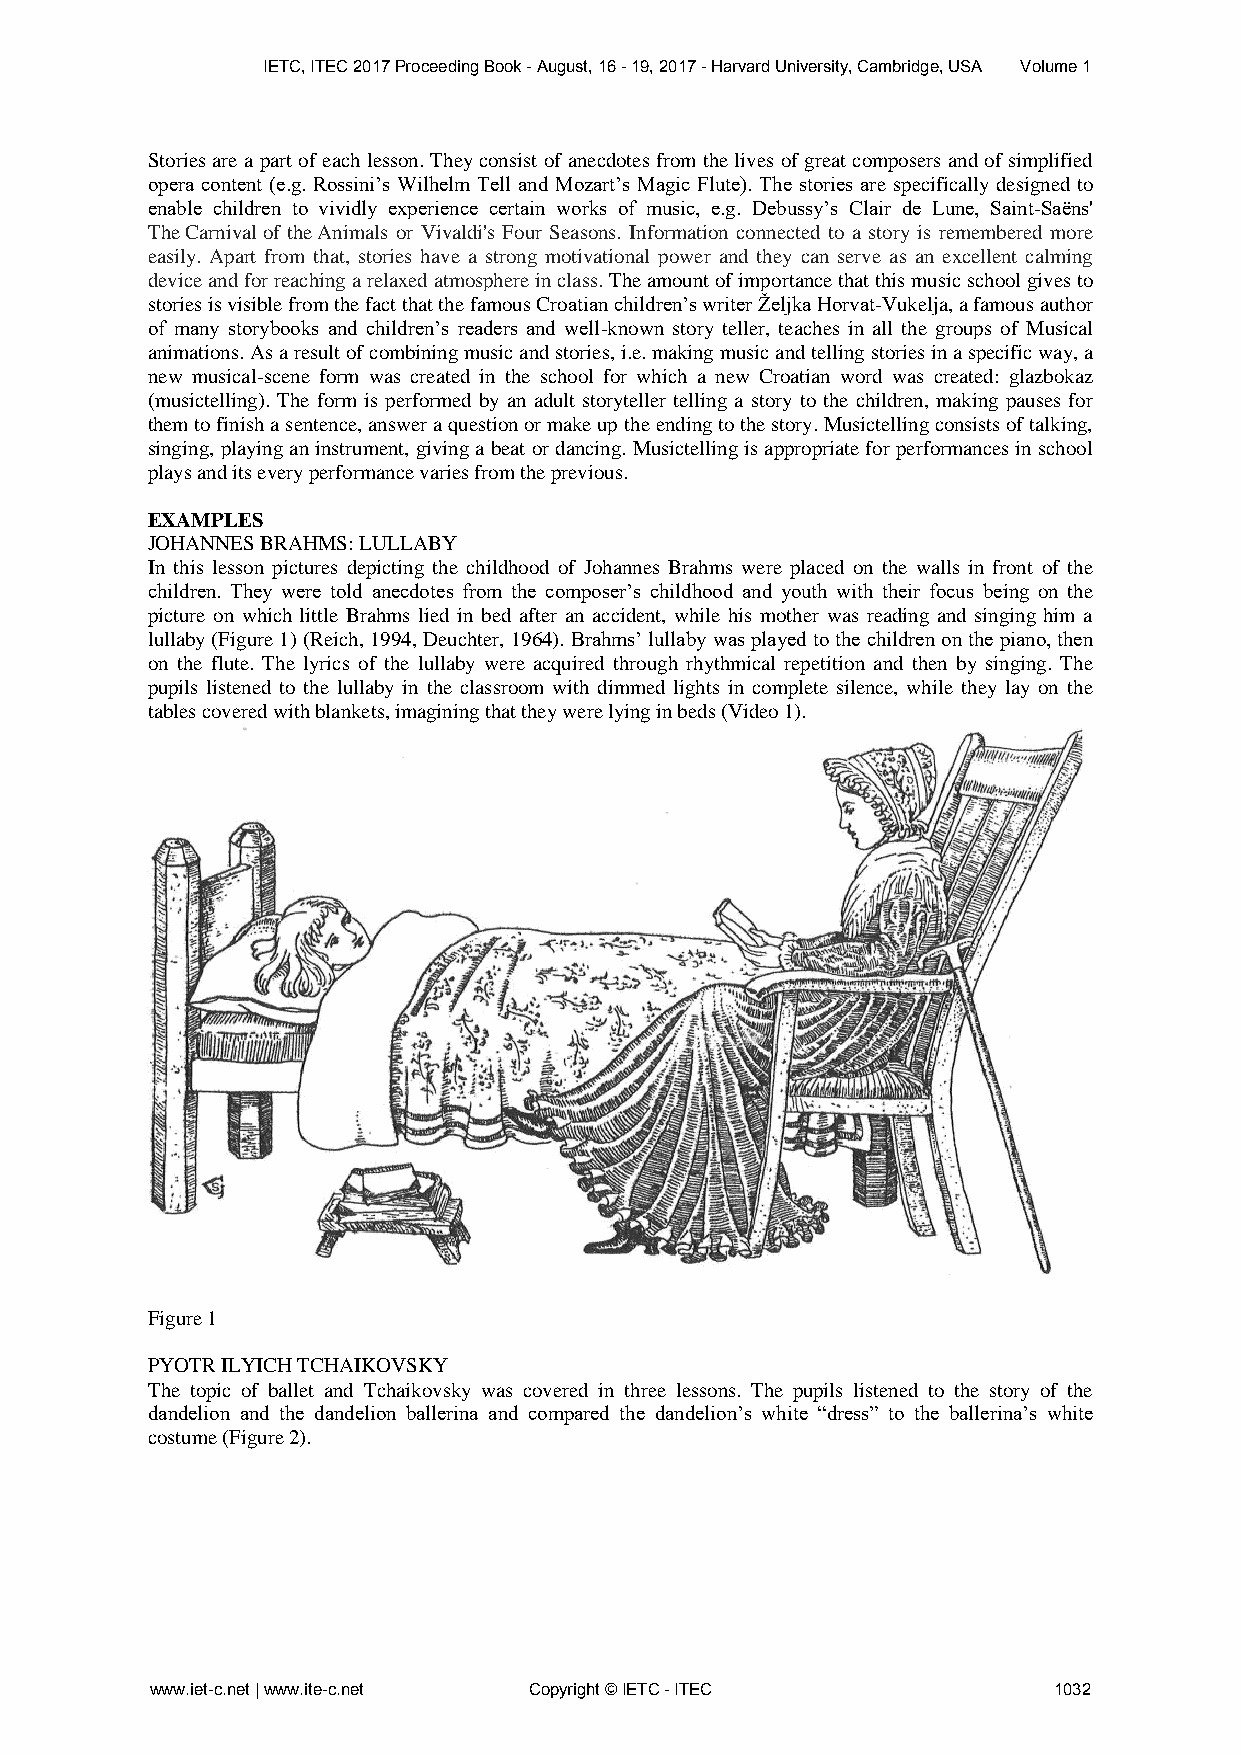
IETC, ITEC 2017 Proceeding Book - August, 16 - 19, 2017 - Harvard University, Cambridge, USA Volume 1
 Stories are a part of each lesson. They consist of anecdotes from the lives of great composers and of simplified
 opera content (e.g. Rossini’s Wilhelm Tell and Mozart’s Magic Flute). The stories are specifically designed to
 enable children to vividly experience certain works of music, e.g. Debussy’s Clair de Lune, Saint-Saëns'
 The Carnival of the Animals or Vivaldi's Four Seasons. Information connected to a story is remembered more
 easily. Apart from that, stories have a strong motivational power and they can serve as an excellent calming
 device and for reaching a relaxed atmosphere in class. The amount of importance that this music school gives to
 stories is visible from the fact that the famous Croatian children’s writer Željka Horvat-Vukelja, a famous author
 of many storybooks and children’s readers and well-known story teller, teaches in all the groups of Musical
 animations. As a result of combining music and stories, i.e. making music and telling stories in a specific way, a
 new musical-scene form was created in the school for which a new Croatian word was created: glazbokaz
 (musictelling). The form is performed by an adult storyteller telling a story to the children, making pauses for
 them to finish a sentence, answer a question or make up the ending to the story. Musictelling consists of talking,
 singing, playing an instrument, giving a beat or dancing. Musictelling is appropriate for performances in school
 plays and its every performance varies from the previous.
 EXAMPLES
 JOHANNES BRAHMS: LULLABY
 In this lesson pictures depicting the childhood of Johannes Brahms were placed on the walls in front of the
 children. They were told anecdotes from the composer’s childhood and youth with their focus being on the
 picture on which little Brahms lied in bed after an accident, while his mother was reading and singing him a
 lullaby (Figure 1) (Reich, 1994, Deuchter, 1964). Brahms’ lullaby was played to the children on the piano, then
 on the flute. The lyrics of the lullaby were acquired through rhythmical repetition and then by singing. The
 pupils listened to the lullaby in the classroom with dimmed lights in complete silence, while they lay on the
 tables covered with blankets, imagining that they were lying in beds (Video 1).
 Figure 1
 PYOTR ILYICH TCHAIKOVSKY
 The topic of ballet and Tchaikovsky was covered in three lessons. The pupils listened to the story of the
 dandelion and the dandelion ballerina and compared the dandelion’s white “dress” to the ballerina’s white
 costume (Figure 2).
 www.iet-c.net | www.ite-c.net Copyright © IETC - ITEC       1032